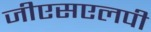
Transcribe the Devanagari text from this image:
जीएसएलपी